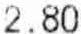
2.80